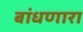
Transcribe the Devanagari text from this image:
बांधणारा